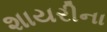
શાયરીના